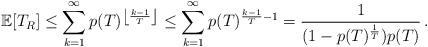
LaTeX: \begin{align*}\mathbb{E}[T_R]\leq\sum_{k=1}^{\infty}p(T)^{\left\lfloor\frac{k-1}{T}\right\rfloor} \leq\sum_{k=1}^{\infty}p(T)^{\frac{k-1}{T} -1} =\frac{1}{(1-p(T)^{\frac{1}{T}})p(T)}\, .\end{align*}